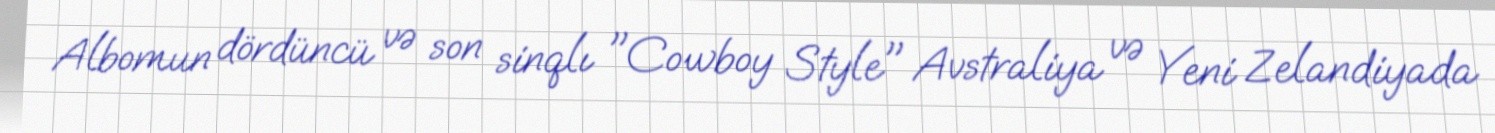
Albomun dördüncü və son sinqlı "Cowboy Style" Avstraliya və Yeni Zelandiyada